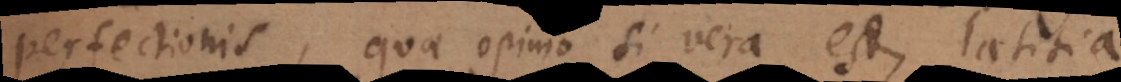
perfectionis, quae opinio si vera est, laetitia